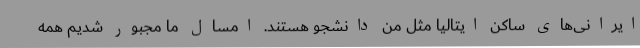
ایرانی‌های ساکن ایتالیا مثل من دانشجو هستند. امسال ما مجبور شدیم همه